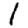
Digit: 1